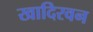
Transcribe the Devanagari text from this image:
खादिरवन